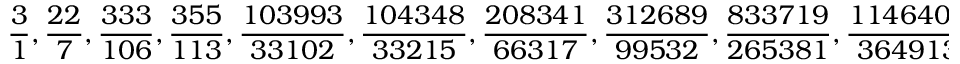
{ \frac { 3 } { 1 } } , { \frac { 2 2 } { 7 } } , { \frac { 3 3 3 } { 1 0 6 } } , { \frac { 3 5 5 } { 1 1 3 } } , { \frac { 1 0 3 9 9 3 } { 3 3 1 0 2 } } , { \frac { 1 0 4 3 4 8 } { 3 3 2 1 5 } } , { \frac { 2 0 8 3 4 1 } { 6 6 3 1 7 } } , { \frac { 3 1 2 6 8 9 } { 9 9 5 3 2 } } , { \frac { 8 3 3 7 1 9 } { 2 6 5 3 8 1 } } , { \frac { 1 1 4 6 4 0 8 } { 3 6 4 9 1 3 } } , { \frac { 4 2 7 2 9 4 3 } { 1 3 6 0 1 2 0 } } , { \frac { 5 4 1 9 3 5 1 } { 1 7 2 5 0 3 3 } }